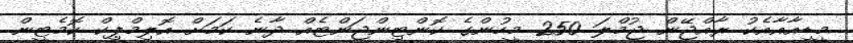
މީޑިއާއާއެކު ރާއްޖޭން ޖުމްލަ 250 މީހުންގެ ކޮންޓިންޖަންޓެއް ދާނެ ކަމަށް އޮލިމްޕިކް ކޮމެޓީން